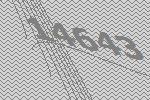
14643